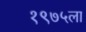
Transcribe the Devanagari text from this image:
१९७५ला